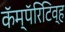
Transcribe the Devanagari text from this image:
कॅम्पॅरिटिव्ह